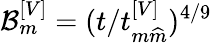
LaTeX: \mathcal{B}_{m}^{\left[V\right]}=(t/t_{m\widehat{m}}^{\left[V\right]})^{4/9}